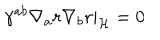
\gamma ^ { a b } \nabla _ { a } r \nabla _ { b } r | _ { \cal H } = 0